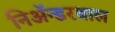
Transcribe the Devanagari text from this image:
निअॅन्डरथाल